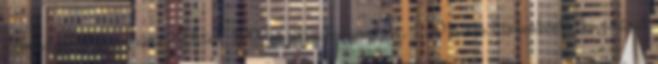
üzemanyag-fogyasztását. 8 liter 100 km átlagfogyasztást, 1,50 eurós literenkénti benzinárat